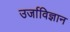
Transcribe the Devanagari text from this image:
उर्जाविज्ञान